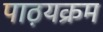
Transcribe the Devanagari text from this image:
पाठ़यक्रम